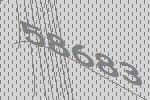
58683